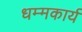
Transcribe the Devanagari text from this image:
धम्मकार्य